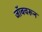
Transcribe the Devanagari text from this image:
जॉबवरून